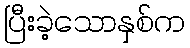
ပြီးခဲ့သောနှစ်က